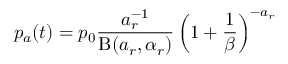
p _ { a } ( t ) = p _ { 0 } \frac { a _ { r } ^ { - 1 } } { \mathrm { B } ( a _ { r } , \alpha _ { r } ) } \left( 1 + \frac { 1 } { \beta } \right) ^ { - a _ { r } }